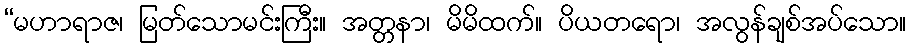
“မဟာရာဇ၊ မြတ်သောမင်းကြီး။ အတ္တနာ၊ မိမိထက်။ ပိယတရော၊ အလွန်ချစ်အပ်သော။